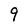
Character: 9